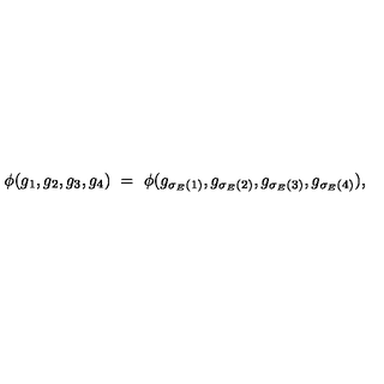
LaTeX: \phi ( g _ { 1 } , g _ { 2 } , g _ { 3 } , g _ { 4 } ) \ = \ \phi ( g _ { \sigma _ { E } ( 1 ) } , g _ { \sigma _ { E } ( 2 ) } , g _ { \sigma _ { E } ( 3 ) } , g _ { \sigma _ { E } ( 4 ) } ) ,